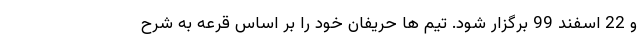
و 22 اسفند 99 برگزار شود. تیم ها حریفان خود را بر اساس قرعه به شرح